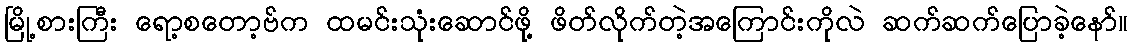
မြို့စားကြီး ရော့စတော့ဗ်က ထမင်းသုံးဆောင်ဖို့ ဖိတ်လိုက်တဲ့အကြောင်းကိုလဲ ဆက်ဆက်ပြောခဲ့နော်။